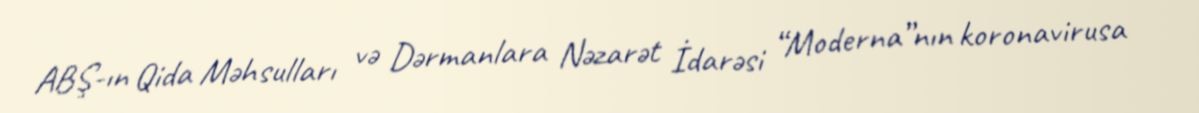
ABŞ-ın Qida Məhsulları və Dərmanlara Nəzarət İdarəsi “Moderna”nın koronavirusa